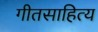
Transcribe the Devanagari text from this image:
गीतसाहित्य